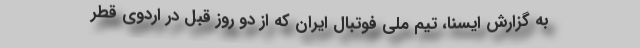
به گزارش ایسنا، تیم ملی فوتبال ایران که از دو روز قبل در اردوی قطر